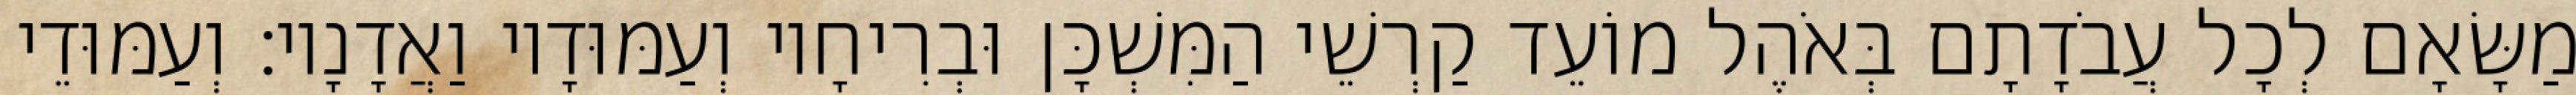
מַשָּׂאָם לְכָל עֲבֹדָתָם בְּאֹהֶל מוֹעֵד קַרְשֵׁי הַמִּשְׁכָּן וּבְרִיחָיו וְעַמּוּדָיו וַאֲדָנָיו׃ וְעַמּוּדֵי